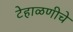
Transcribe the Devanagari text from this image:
टेहाळणीचे